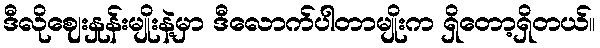
ဒီလိုဈေးနှုန်းမျိုးနဲ့မှာ ဒီလောက်ပါတာမျိုးက ရှိတော့ရှိတယ်။